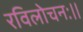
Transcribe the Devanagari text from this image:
रविलोचनः।।